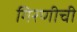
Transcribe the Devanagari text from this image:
गिरणीची